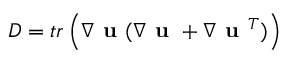
D = t r \left( \nabla \textbf { u } ( \nabla \textbf { u } + \nabla \textbf { u } ^ { T } ) \right)